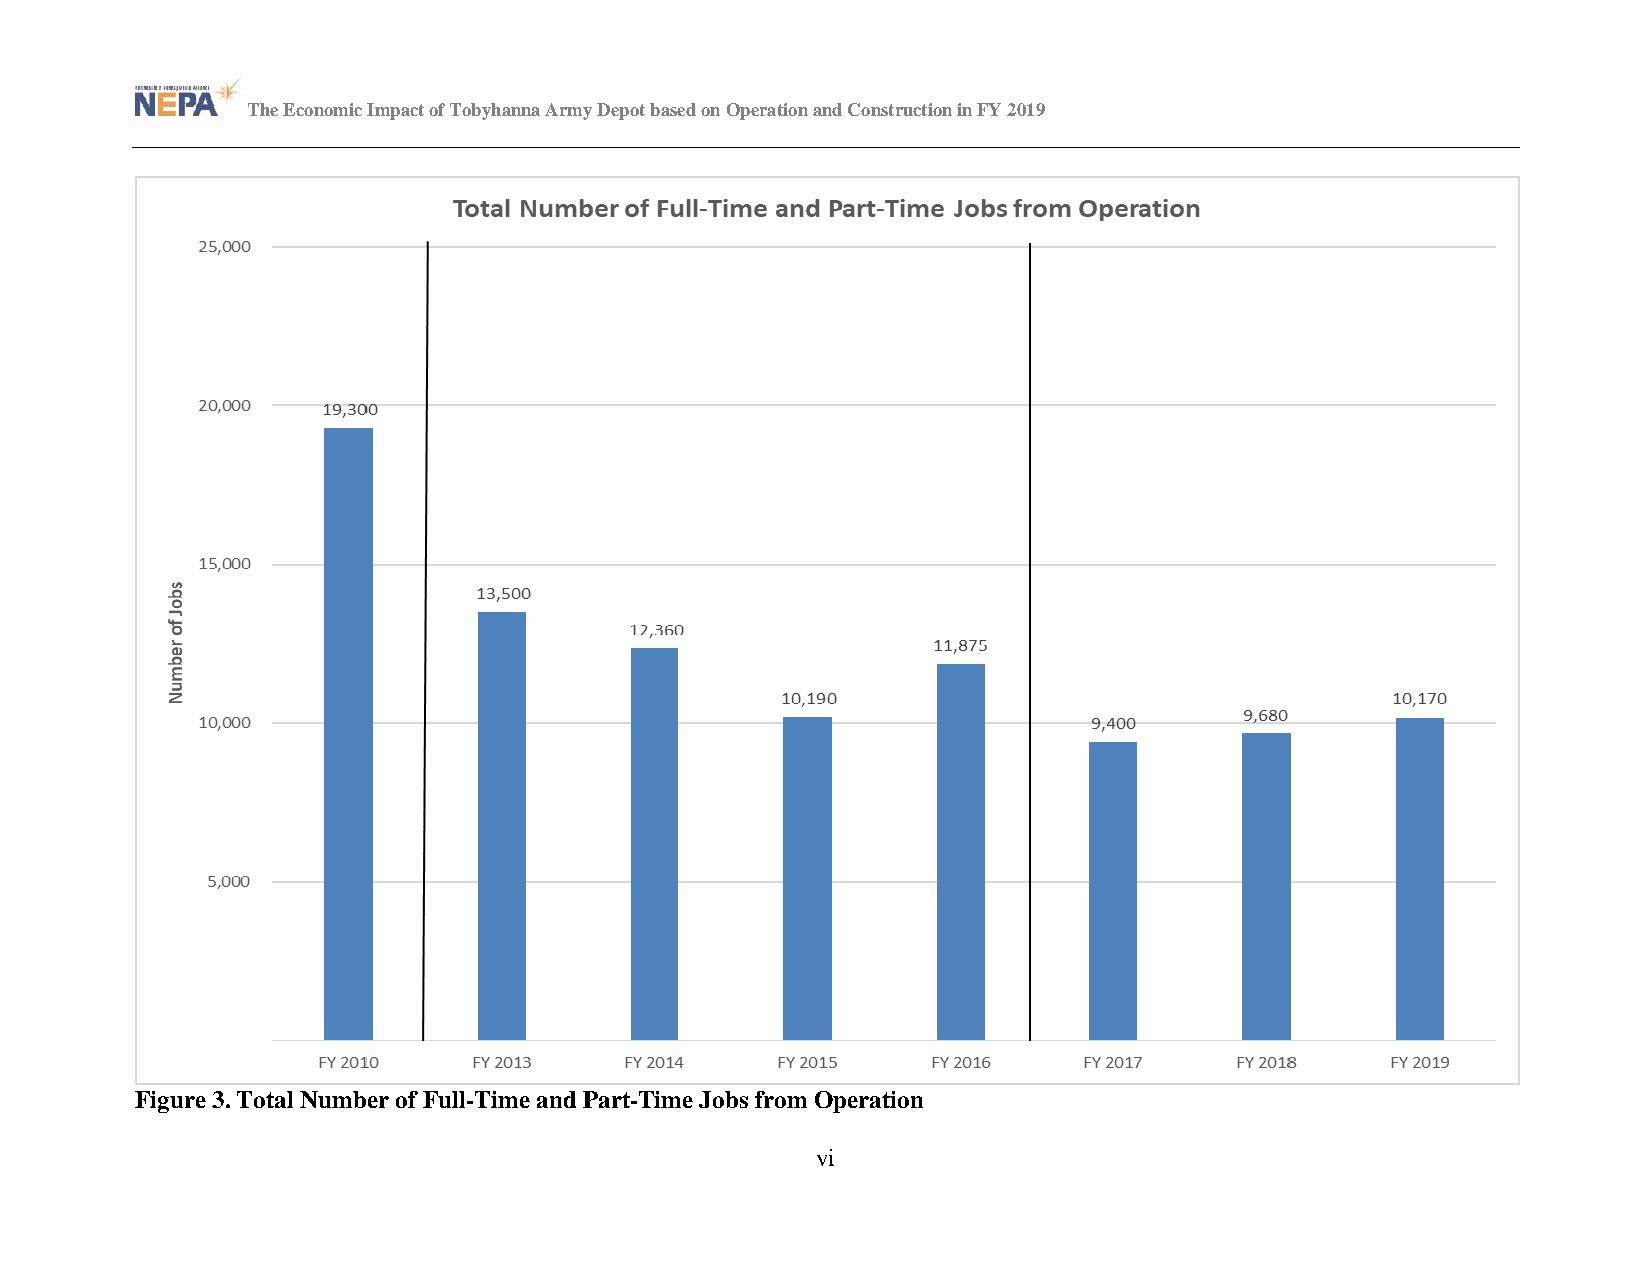
The Economic Impact of Tobyhanna Army Depot based on Operation and Construction in FY 2019
 Figure 3. Total Number of Full-Time and Part-Time Jobs from Operation
 vi